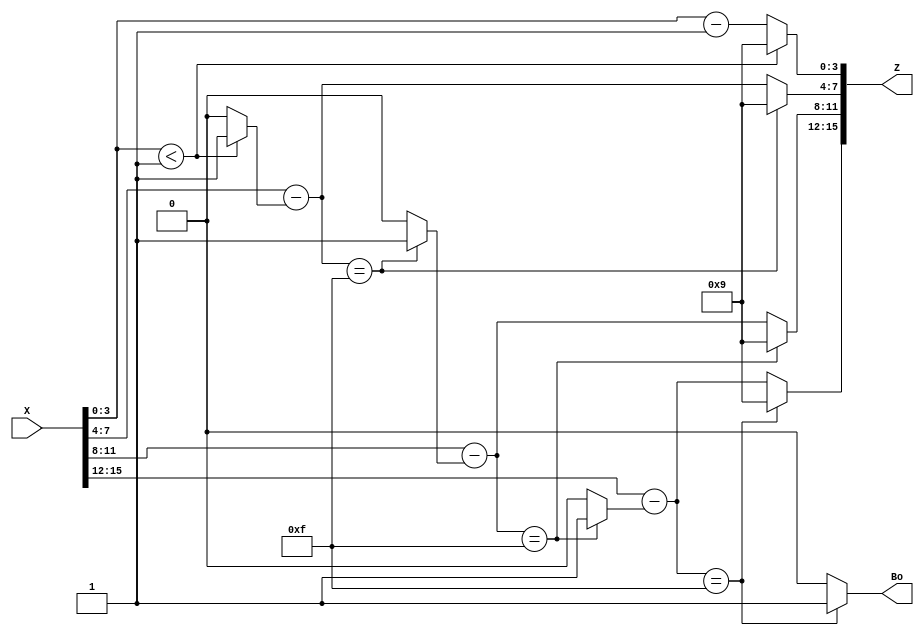
`define Xdig0 X[3:0]
`define Xdig1 X[7:4]
`define Xdig2 X[11:8]
`define Xdig3 X[15:12]
`define Zdig0 Z[3:0]
`define Zdig1 Z[7:4]
`define Zdig2 Z[11:8]
`define Zdig3 Z[15:12]

module BCD4_decrement(X, Z, Bo); //decrements BCD number X by 1 and outputs Z.
input [15:0] X;
output [15:0] Z;
output Bo;			//comes out as 1 if overflowed 

wire[3:0] D1, D2, D3;
wire B0, B1, B2;

assign `Zdig0 = (`Xdig0 < 1) ? 4'b1001 : (`Xdig0 - 1); 
assign B0 = (`Xdig0 < 1) ? 1'b1 : 1'b0;

assign D1 = `Xdig1 - B0;
assign `Zdig1 = (D1 == 4'b1111) ? 4'b1001 : (D1);
assign B1 = (D1 == 4'b1111) ? 1'b1 : 1'b0;

assign D2 = `Xdig2 - B1;
assign `Zdig2 = (D2 == 4'b1111) ? 4'b1001 : (D2);
assign B2 = (D2 == 4'b1111) ? 1'b1 : 1'b0;

assign D3 = `Xdig3 - B2;
assign `Zdig3 = (D3 == 4'b1111) ? 4'b1001 : (D3);
assign Bo = (D3 == 4'b1111) ? 1'b1 : 1'b0;
endmodule